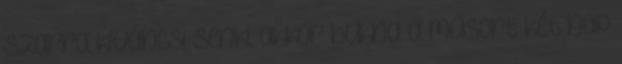
szarra kíváncsi senki, akkor bukna a műsort két nap